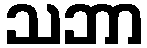
သဘာ